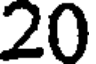
20